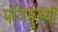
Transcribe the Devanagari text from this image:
मंत्रिमुख्यों